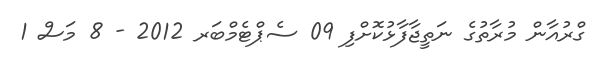
ގްރުއާން މުރާތުގެ ނަތީޖާފާޅުކޮށްފި 09 ސެޕްޓެމްބަރ 2012 - 8 މަސް 1